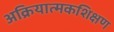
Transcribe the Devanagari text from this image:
अक्रियात्मकशिक्षण